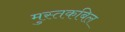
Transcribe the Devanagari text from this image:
मुस्तकबिल